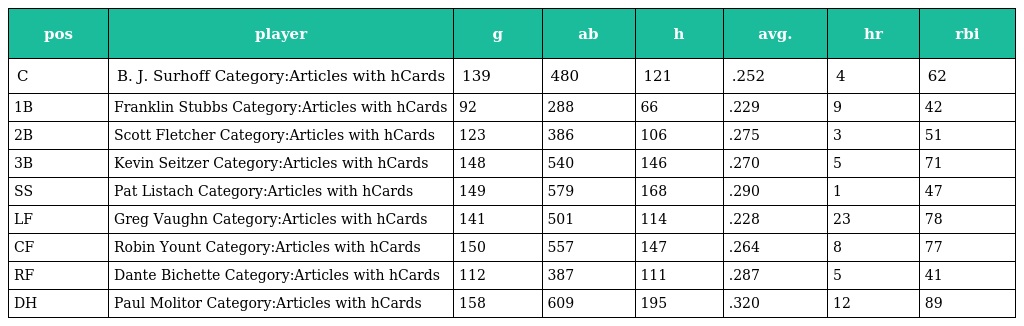
| pos | player | g | ab | h | avg. | hr | rbi |
 | --- | --- | --- | --- | --- | --- | --- | --- |
 | C | B. J. Surhoff Category:Articles with hCards | 139 | 480 | 121 | .252 | 4 | 62 |
 | 1B | Franklin Stubbs Category:Articles with hCards | 92 | 288 | 66 | .229 | 9 | 42 |
 | 2B | Scott Fletcher Category:Articles with hCards | 123 | 386 | 106 | .275 | 3 | 51 |
 | 3B | Kevin Seitzer Category:Articles with hCards | 148 | 540 | 146 | .270 | 5 | 71 |
 | SS | Pat Listach Category:Articles with hCards | 149 | 579 | 168 | .290 | 1 | 47 |
 | LF | Greg Vaughn Category:Articles with hCards | 141 | 501 | 114 | .228 | 23 | 78 |
 | CF | Robin Yount Category:Articles with hCards | 150 | 557 | 147 | .264 | 8 | 77 |
 | RF | Dante Bichette Category:Articles with hCards | 112 | 387 | 111 | .287 | 5 | 41 |
 | DH | Paul Molitor Category:Articles with hCards | 158 | 609 | 195 | .320 | 12 | 89 |